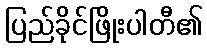
ပြည်ခိုင်ဖြိုးပါတီ၏